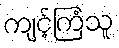
ကျင့်ကြံသူ